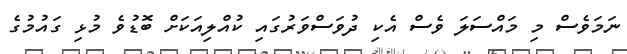
ނަމަވެސް މި މައްސަލަ ވެސް އެކި ދުވަސްވަރުގައި ކުއްލިއަކަށް ބޮޑުވެ މުޅި ގައުމުގެ